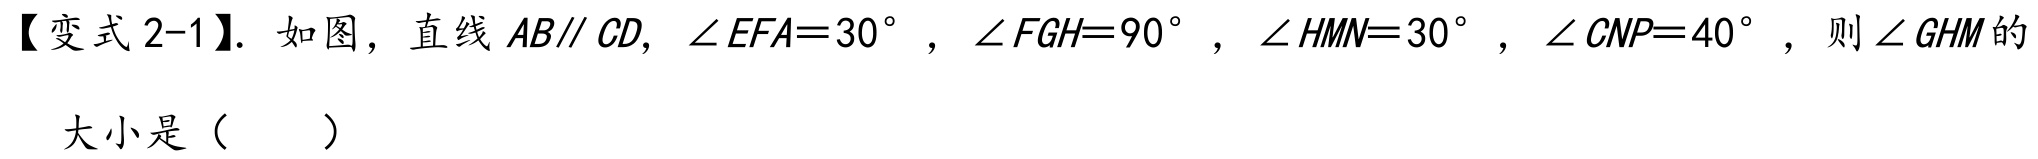
【变式 2-1】. 如图，直线 \(AB\parallel CD\)，\(\angle EFA = 30^{\circ}\)，\(\angle FGH = 90^{\circ}\)，\(\angle HMN = 30^{\circ}\)，\(\angle CNP = 40^{\circ}\)，则\(\angle GHM\)的大小是（  ）